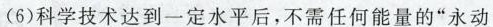
(6)科学技术达到一定水平后，不需任何能量的”永动